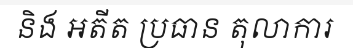
និង អតីត ប្រធាន តុលាការ